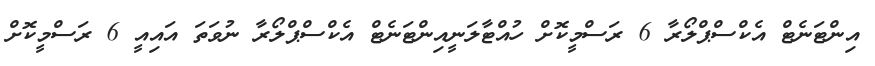
އިންޓަނެޓް އެކްސްޕްލޯރާ 6 ރަސްމީކޮށް ހުއްޓާލަނީއިންޓަނެޓް އެކްސްޕްލޯރާ ނުވަތަ އައިއީ 6 ރަސްމީކޮށް